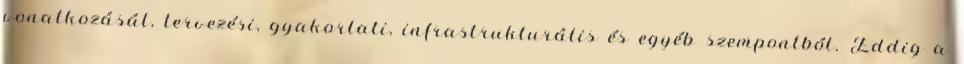
vonatkozását, tervezési, gyakorlati, infrastrukturális és egyéb szempontból. Eddig a